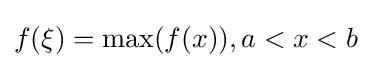
f(\xi )=\max(f(x)),a<x<b